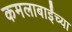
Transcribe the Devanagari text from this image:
कमलाबाईंच्या